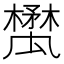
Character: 𣝥